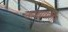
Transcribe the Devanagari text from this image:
कासुवारीस